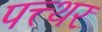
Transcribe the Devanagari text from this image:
पत्त्थर